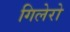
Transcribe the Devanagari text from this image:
गिलेरो